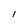
Character: 1